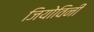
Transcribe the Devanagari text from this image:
जियोविनी